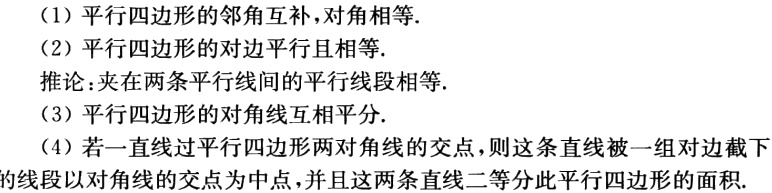
（1）平行四边形的邻角互补,对角相等.
（2）平行四边形的对边平行且相等.
推论：夹在两条平行线间的平行线段相等.
（3）平行四边形的对角线互相平分.
（4）若一直线过平行四边形两对角线的交点,则这条直线被一组对边截下的线段以对角线的交点为中点,并且这两条直线二等分此平行四边形的面积.